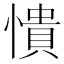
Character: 憒